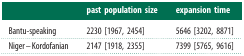
<table><thead><tr><td></td><td><b>past population size</b></td><td><b>expansion time</b></td></tr></thead><tbody><tr><td>Bantu-speaking</td><td>2230 [1967, 2454]</td><td>5646 [3202, 8871]</td></tr><tr><td>Niger–Kordofanian</td><td>2147 [1918, 2355]</td><td>7399 [5765, 9616]</td></tr></tbody></table>